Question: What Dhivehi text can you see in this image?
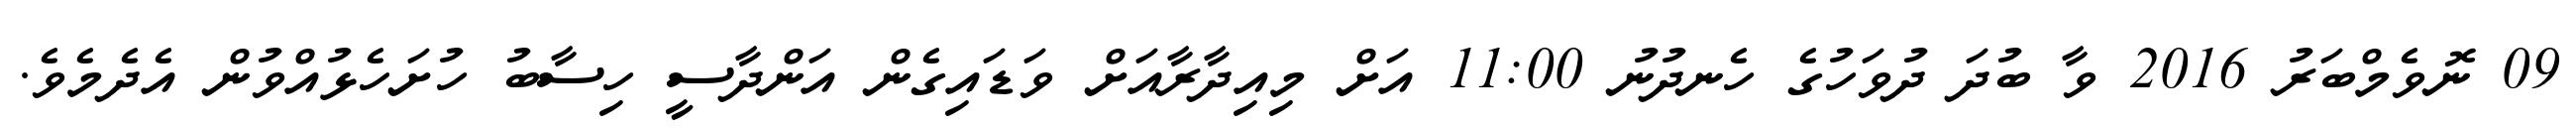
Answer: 09 ނޮވެމްބަރު 2016 ވާ ބުދަ ދުވަހުގެ ހެނދުނު 11:00 އަށް މިއިދާރާއަށް ވަޑައިގެން އަންދާސީ ހިސާބު ހުށަހެޅުއްވުން އެދެމެވެ.